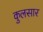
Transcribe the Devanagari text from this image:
कुलसार